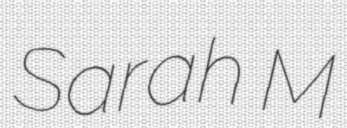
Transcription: Sarah M